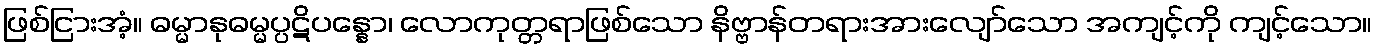
ဖြစ်ငြားအံ့။ ဓမ္မာနုဓမ္မပ္ပဋိပန္နော၊ လောကုတ္တရာဖြစ်သော နိဗ္ဗာန်တရားအားလျော်သော အကျင့်ကို ကျင့်သော။